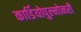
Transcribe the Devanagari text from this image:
कार्डियोपुल्मोनरी